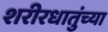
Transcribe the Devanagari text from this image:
शरीरधातुंच्या